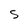
Character: S